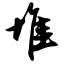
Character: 堆